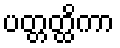
ပတ္တတ္ထိကာ